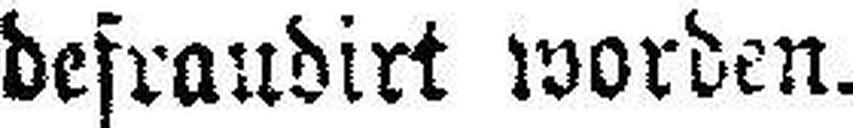
defraudirt worden.